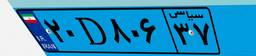
۳۱D۵۳۸۹۱